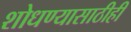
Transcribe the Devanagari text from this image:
शोधण्यासाठीही